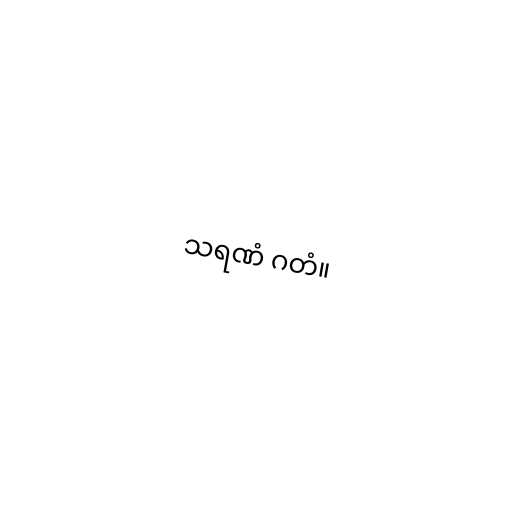
သရဏံ ဂတံ။